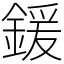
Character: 鍰